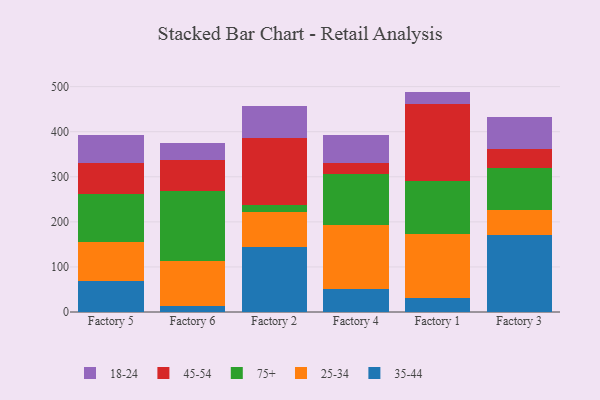
{"axis": {"x": "Factory", "y": "Backlog"}, "legend": ["18-24", "25-34", "35-44", "45-54", "75+"], "data": [{"x": "Factory 5", "y": 67.7, "type": "35-44"}, {"x": "Factory 5", "y": 88.4, "type": "25-34"}, {"x": "Factory 5", "y": 106.1, "type": "75+"}, {"x": "Factory 5", "y": 68.5, "type": "45-54"}, {"x": "Factory 5", "y": 62.3, "type": "18-24"}, {"x": "Factory 6", "y": 14.3, "type": "35-44"}, {"x": "Factory 6", "y": 98.6, "type": "25-34"}, {"x": "Factory 6", "y": 155.2, "type": "75+"}, {"x": "Factory 6", "y": 68.7, "type": "45-54"}, {"x": "Factory 6", "y": 39.2, "type": "18-24"}, {"x": "Factory 2", "y": 145.1, "type": "35-44"}, {"x": "Factory 2", "y": 75.9, "type": "25-34"}, {"x": "Factory 2", "y": 17.2, "type": "75+"}, {"x": "Factory 2", "y": 146.8, "type": "45-54"}, {"x": "Factory 2", "y": 72.8, "type": "18-24"}, {"x": "Factory 4", "y": 51.0, "type": "35-44"}, {"x": "Factory 4", "y": 143.0, "type": "25-34"}, {"x": "Factory 4", "y": 112.4, "type": "75+"}, {"x": "Factory 4", "y": 24.4, "type": "45-54"}, {"x": "Factory 4", "y": 61.2, "type": "18-24"}, {"x": "Factory 1", "y": 31.2, "type": "35-44"}, {"x": "Factory 1", "y": 142.5, "type": "25-34"}, {"x": "Factory 1", "y": 117.5, "type": "75+"}, {"x": "Factory 1", "y": 169.4, "type": "45-54"}, {"x": "Factory 1", "y": 28.4, "type": "18-24"}, {"x": "Factory 3", "y": 170.8, "type": "35-44"}, {"x": "Factory 3", "y": 56.1, "type": "25-34"}, {"x": "Factory 3", "y": 93.1, "type": "75+"}, {"x": "Factory 3", "y": 42.3, "type": "45-54"}, {"x": "Factory 3", "y": 69.4, "type": "18-24"}]}